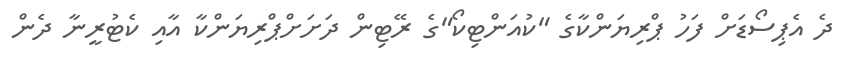
ދެ އެޕިސޯޑަށް ފަހު ޕްރިޔަންކާގެ "ކުއަންޓިކޯ"ގެ ރޭޓިން ދަށަށްޕްރިޔަންކާ އާއި ކެޓުރީނާ ދެން